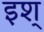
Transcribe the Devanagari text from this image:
इश्